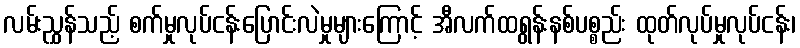
လမ်းညွှန်သည့် စက်မှုလုပ်ငန်းပြောင်းလဲမှုများကြောင့် အီလက်ထရွန်းနစ်ပစ္စည်း ထုတ်လုပ်မှုလုပ်ငန်း၊